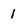
Character: 1